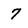
Character: 7